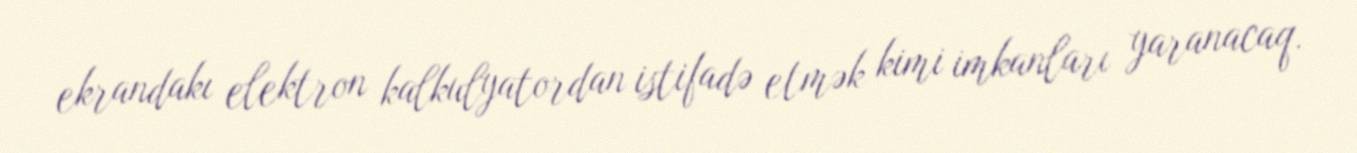
ekrandakı elektron kalkulyatordan istifadə etmək kimi imkanları yaranacaq.